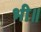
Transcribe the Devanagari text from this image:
भी॥